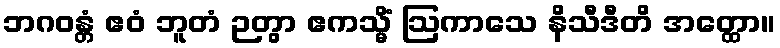
ဘဂဝန္တံ ဧဝံ ဘူတံ ဉတွာ ဧကသ္မိံ ဩကာသေ နိသီဒီတိ အတ္ထော။